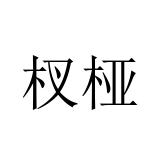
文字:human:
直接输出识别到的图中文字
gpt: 杈桠